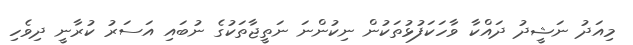
މިއަދު ނަޝީދު ދައްކާ ވާހަކަފުޅުތަކުން ނިކުންނަ ނަތީޖާތަކުގެ ނުބައި އަސަރު ކުރާނީ ދިވެހި